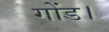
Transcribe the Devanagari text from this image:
गोंड।